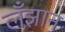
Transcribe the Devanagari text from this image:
लँझान